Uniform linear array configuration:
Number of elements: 16
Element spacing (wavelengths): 1
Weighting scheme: blackman
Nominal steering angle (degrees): -15
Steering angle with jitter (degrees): -15.757
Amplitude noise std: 0.05
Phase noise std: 0.05

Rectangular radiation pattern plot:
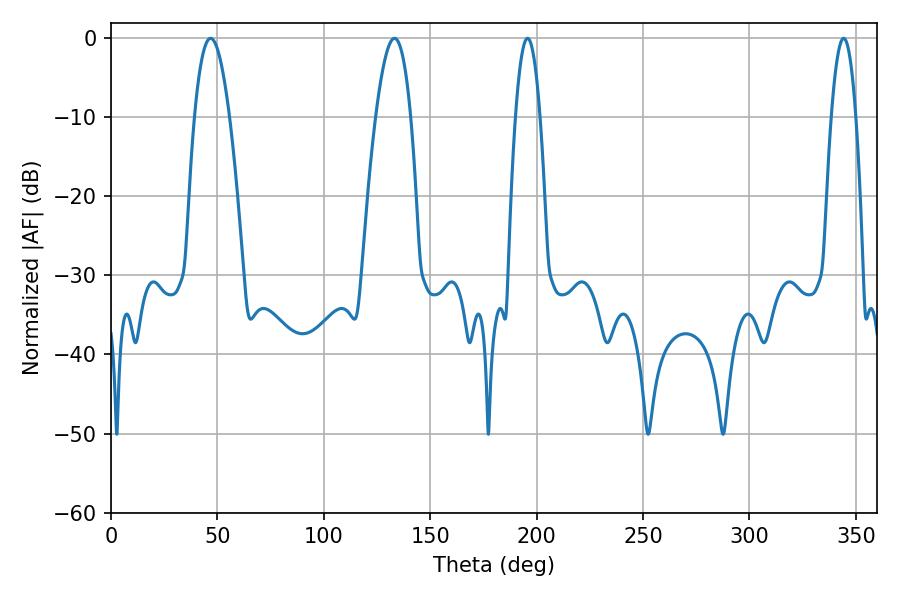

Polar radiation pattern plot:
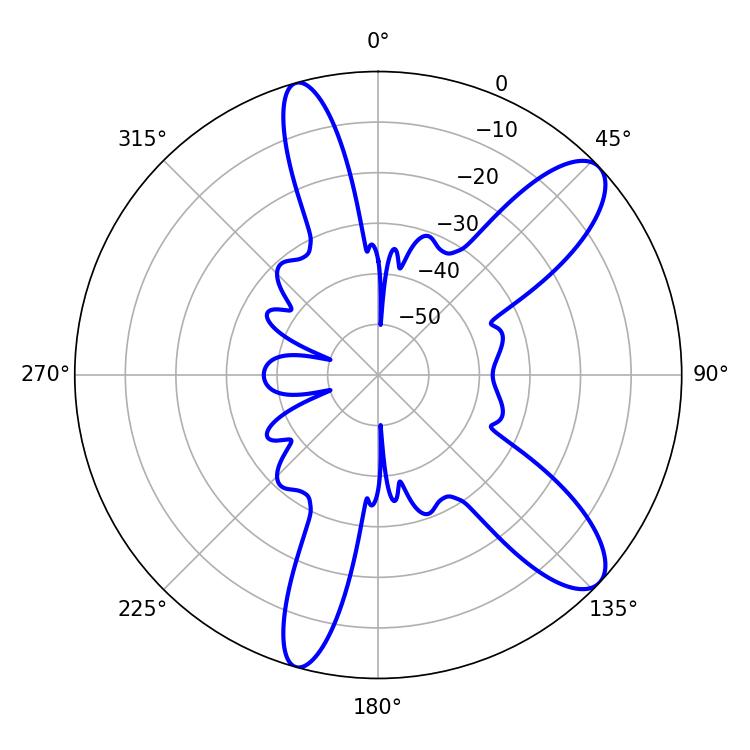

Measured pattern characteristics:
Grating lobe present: TRUE
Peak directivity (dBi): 10.376
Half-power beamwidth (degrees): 9
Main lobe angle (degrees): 46.8